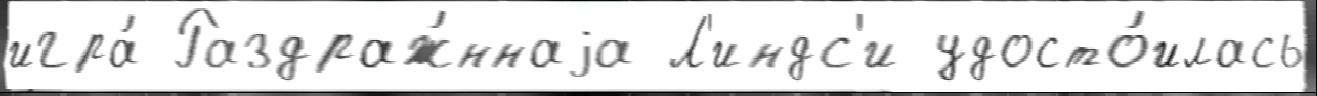
игра́ Раздраж́ннаjа Л'индс'и удосто́илась